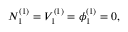
N _ { 1 } ^ { ( 1 ) } = V _ { 1 } ^ { ( 1 ) } = \phi _ { 1 } ^ { ( 1 ) } = 0 ,